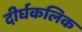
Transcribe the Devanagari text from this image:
दीर्घकलिक